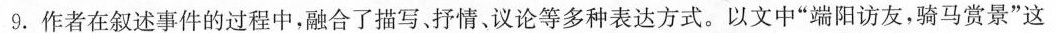
(5分)①9.作者在叙述事件的过程中，合了描写，开情-议论等多和表达方式。以文中”端阳访友，骑马赏景”这